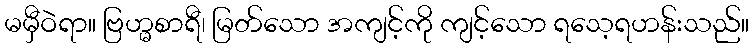
မမှီဝဲရာ။ ဗြဟ္မစာရီ၊ မြတ်သော အကျင့်ကို ကျင့်သော ရသေ့ရဟန်းသည်။